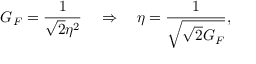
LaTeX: G _ { F } = \frac { 1 } { \sqrt { 2 } \eta ^ { 2 } } \quad \Rightarrow \quad \eta = \frac { 1 } { \sqrt { \sqrt { 2 } G _ { F } } } ,